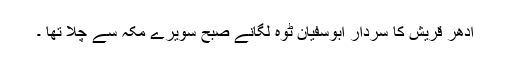
ادھر قریش کا سردار ابوسفیان ٹوہ لگانے صبح سویرے مکہ سے چلا تھا ۔